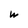
Character: w